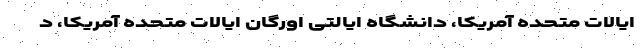
ایالات متحده آمریکا، دانشگاه ایالتی اورگان ایالات متحده آمریکا، د